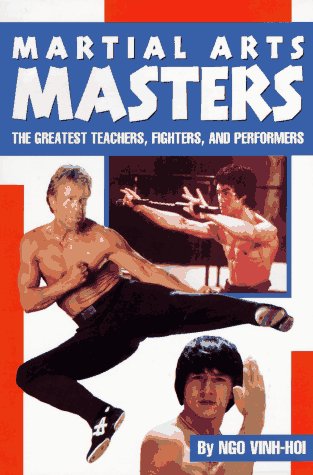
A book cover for Martial Arts Masters: The Greates Teachers, Fighters, and Performers; Vinh-Hoi Ngo; Teen & Young Adult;